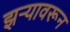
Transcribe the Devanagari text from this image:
झऱ्यावरून